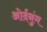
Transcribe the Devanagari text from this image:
ओर्दनुंग